Subject: cs
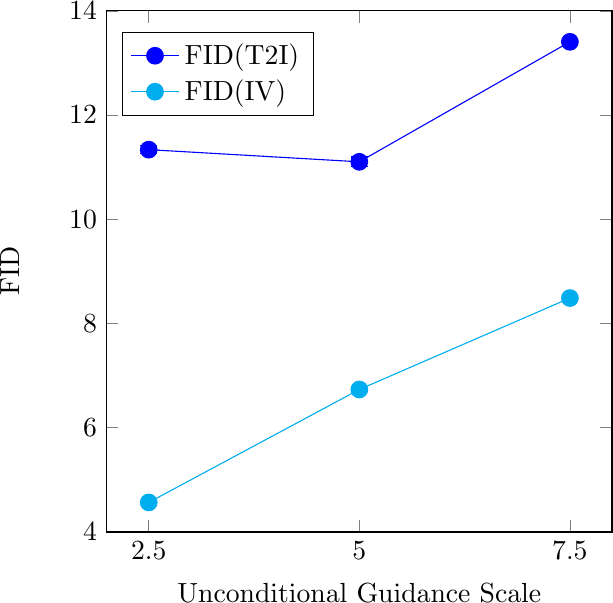
LaTeX code:
    \begin{tikzpicture}
    \begin{axis}[
        xlabel=Unconditional Guidance Scale,
        ylabel=FID,
        xmin=2,
        xmax=8,
        ymin=4,
        ymax=14,
        xtick={2.5,5.0,7.5},
        width=8cm,height=8.2cm,
        legend style={at={(0.22,0.96)},anchor=north,legend cell align=left},
    ]
    \addplot+[
        blue,
        mark=*, mark size=3pt, mark options={fill=blue},
        error bars/.cd,y dir=both,y explicit,
    ] coordinates {
        (2.5, 11.3355988257) +- (0, 0.0796762530121)
        (5.0, 11.1023553055) +- (0, 0.0916626027159)
        (7.5, 13.405008415)  +- (0, 0.0681356441779)
    };\label{t2i-fid}\addlegendentry{FID(T2I)}
    \addplot+[
        cyan,
        mark=*, mark size=3pt, mark options={fill=cyan},
        error bars/.cd,y dir=both,y explicit,
    ] coordinates {
        (2.5, 4.56646982092) +- (0, 0.0211169100996)
        (5.0, 6.7336671616) +- (0, 0.0299270554132)
        (7.5, 8.48817909203)  +- (0, 0.0205315863737)
    };\label{iv-fid}\addlegendentry{FID(IV)}
    \end{axis}
    \end{tikzpicture}